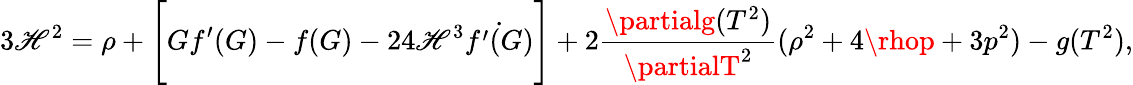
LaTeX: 3\mathscr{H}^{2}=\rho+\Bigg[Gf^{\prime}(G)-f(G)-24\mathscr{H}^{3}\dot{{f^{\prime}(G)}}\Bigg]+2\frac{{\partialg(T^{2})}}{{\partialT^{2}}}(\rho^{2}+4\rhop+3p^{2})-g(T^{2}),